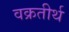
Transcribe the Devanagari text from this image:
वक्रतीर्थ